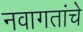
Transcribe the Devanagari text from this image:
नवागतांचे